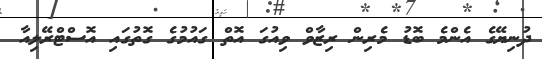
ދުނިޔޭގެ އެންމެ ބޮޑު މެރިން ރިޒާވް ވިއުގަ އޮތް ގައުމުގެ ގޮތުގައި އޮސްޓްރޭލިއާ